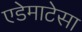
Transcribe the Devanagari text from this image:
एडेमाटेसा